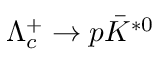
\Lambda _ { c } ^ { + } \to p \bar { K } ^ { * 0 }